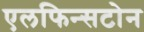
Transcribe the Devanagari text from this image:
एलफिन्सटोन